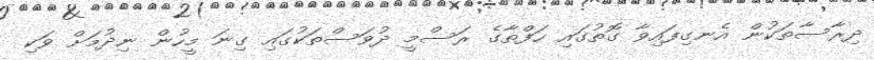
ދިރާސާތަކުން އެނގިފައިވާ ގޮތުގައި ހަފްތާގެ ރަސްމީ ދުވަސްތަކުގައި ގިނަ މީހުން ނިދުމަށް ވަކި